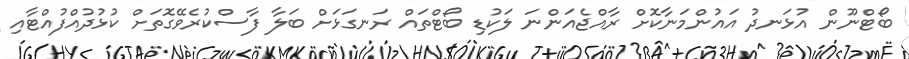
ބޯޓްނޫން އުޅަނދު އައުންމަނާކޮށް ރާއްޖެއަންނަ ލަކުޑި ބޯޓްތައް ރަނގަޅަށް ބަލާ ފާސްކުރެވޭގޮތަށް ކުޅުދުއްފުއްޓާއި